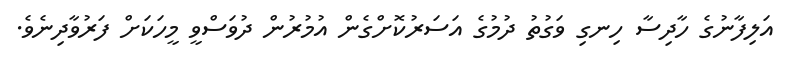
އަލިފާނުގެ ހާދިސާ ހިނގި ވަގުތު ދުމުގެ އަސަރުކޮށްގެން އުމުރުން ދުވަސްވީ މީހަކަށް ފަރުވާދިނެވެ.